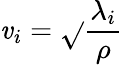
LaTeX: \mathit{v}_{i}=\sqrt{}{{\frac{{\lambda_{i}}}{{\rho}}}}